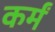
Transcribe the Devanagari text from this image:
कर्मं